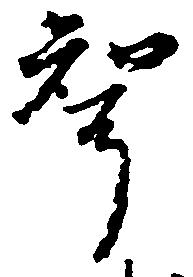
聟